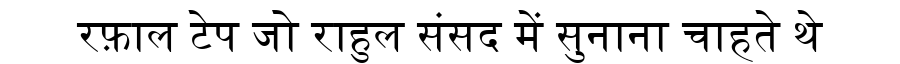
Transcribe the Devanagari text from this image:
रफ़ाल टेप जो राहुल संसद में सुनाना चाहते थे